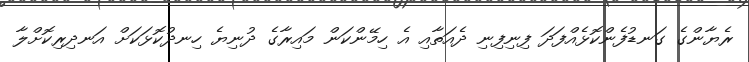
ރެޔާންގެ ގަނޑުފެންކޮޅެއްފަދަ ފިނިފިނި ދެއަތާއި އެ ހިމޭންކަން މައިރާގެ ދުނިޔެ ހިނދުކޮޅަކަށް އަނދިރިކޮށްލާ